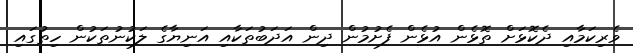
ވެރިކަމާއި ދެކޮޅަށް ތޮޅެން އުޅެން ފެށުމުން ދިން އަދަބުތަކާއި އަނިޔާގެ ލަކުނުތަކުން ހިތުގައި